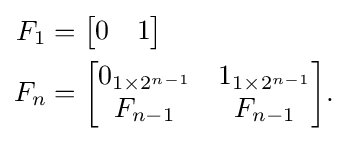
{\begin{aligned}F_{1}&={\begin{bmatrix}0&1\end{bmatrix}}\\F_{n}&={\begin{bmatrix}0_{1\times 2^{n-1}}&1_{1\times 2^{n-1}}\\F_{n-1}&F_{n-1}\end{bmatrix}}.\end{aligned}}